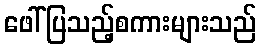
ဖေါ်ပြသည့်စကားများသည်